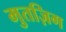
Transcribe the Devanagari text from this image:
मुतज़िग